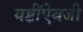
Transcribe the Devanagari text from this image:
यष्टींऐवजी